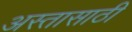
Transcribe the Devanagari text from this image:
अस्तासाठी